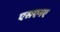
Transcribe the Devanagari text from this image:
एसएनए